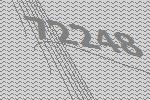
72248